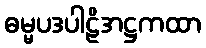
ဓမ္မပဒပါဠိအဋ္ဌကထာ